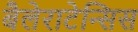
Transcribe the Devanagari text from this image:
बैलेराटेन्सिस